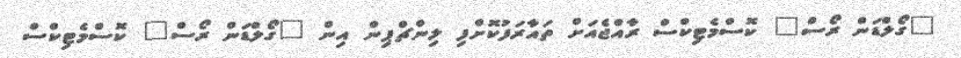
"ގޯލްޑަން ރޯސް" ކޮސްމެޓިކްސް ރާއްޖެއަށް ތައާރަފުކޮށްފި ލިންޗްޕިން އިން "ގޯލްޑަން ރޯސް" ކޮސްމެޓިކްސް